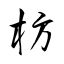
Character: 枋